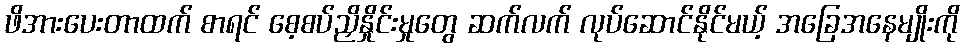
ဖိအားပေးတာထက် စာရင် စေ့စပ်ညှိနှိုင်းမှုတွေ ဆက်လက် လုပ်ဆောင်နိုင်မယ့် အခြေအနေမျိုးကို